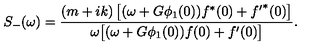
S _ { - } ( \omega ) = \frac { ( m + i k ) \left[ ( \omega + G \phi _ { 1 } ( 0 ) ) f ^ { \ast } ( 0 ) + { f ^ { \prime } } ^ { \ast } ( 0 ) \right] } { \omega \bigl [ ( \omega + G \phi _ { 1 } ( 0 ) ) f ( 0 ) + { f ^ { \prime } } ( 0 ) \bigr ] } .